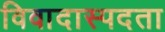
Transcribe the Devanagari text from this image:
विवादास्पदता